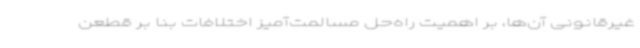
غیرقانونی آن‌ها، بر اهمیت راه‌حل مسالمت‌آمیز اختلافات بنا بر قطعن